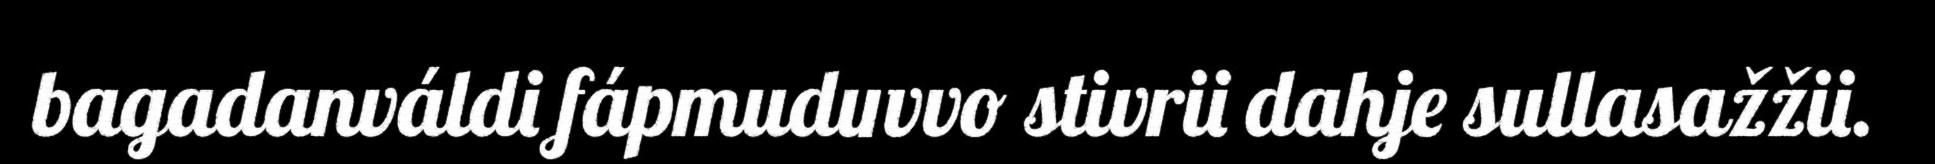
bagadanváldi fápmuduvvo stivrii dahje sullasažžii.